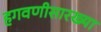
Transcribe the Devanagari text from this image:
हगवणीसारख्या